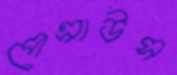
পেত্রাউস